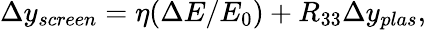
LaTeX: \Delta y_{screen}=\eta(\Delta E/E_{0})+R_{33}\Delta y_{plas},